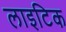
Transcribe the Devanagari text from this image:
लाइटिक